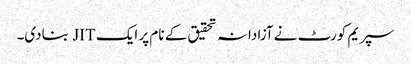
سپریم کورٹ نے آزادانہ تحقیق کے نام پر ایک JIT بنادی۔